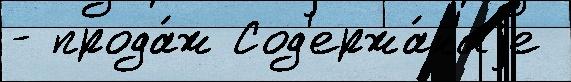
- прода́ж Сод'ержа́н'иjе